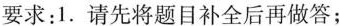
要求：1.请先将题目补全后再做答；